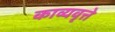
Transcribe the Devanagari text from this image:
काव्यवृत्ते